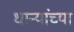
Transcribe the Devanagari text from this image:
धान्यांच्या